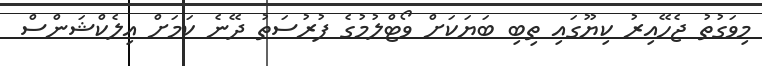
މިވަގުތު ޖެހޭއިރު ކިޔޫގައި ތިބި ބަޔަކަށް ވޯޓްލުމުގެ ފުރުސަތު ދޭނެ ކަމަށް އިލެކްޝަންސް